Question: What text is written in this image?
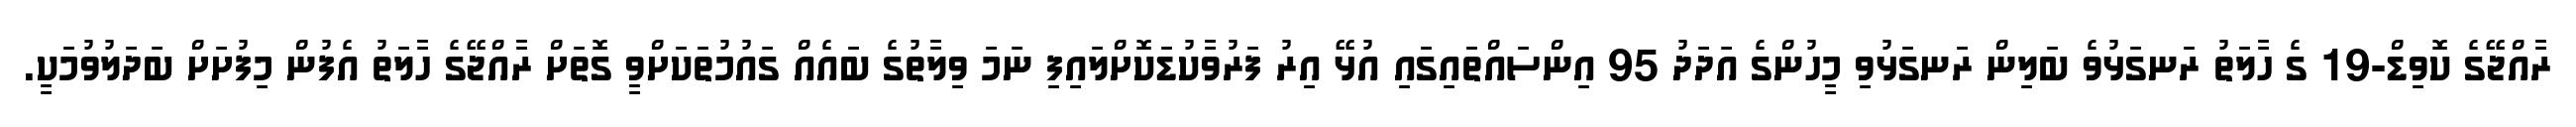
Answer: ރާއްޖޭގެ ކޮވިޑް-19 ގެ ހާލަތު ރަނގަޅުވެ ބަލިން ރަނގަޅުވި މީހުންގެ އަދަދު 95 އިންސައްތައިގައި އުޅޭ އިރު ފަރުވާކުޑަކޮށްލައިފި ނަމަ ވިލާތުގެ ބައެއް ގައުމުތަކަށްވީ ގޮތަށް ރާއްޖޭގެ ހާލަތު އެފުން މިފުށަށް ބަދަލުވުމަކީ.